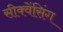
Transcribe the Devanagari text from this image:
सीक्वेंसिंग